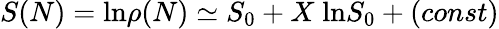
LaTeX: S(N)=\mathrm{ln}\rho(N)\simeq S_{0}+X\; \mathrm{ln}S_{0}+(const)